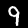
Label: 9